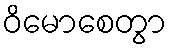
ဝိမောစေတွာ